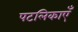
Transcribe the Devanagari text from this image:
पटलिकाएँ